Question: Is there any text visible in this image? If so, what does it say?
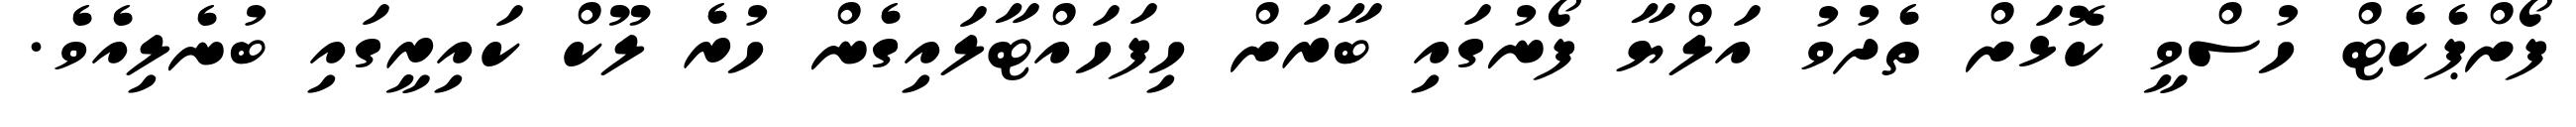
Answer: ފޯށްޕެކެޓް ހުސްވީ ކޮޅަށް ތެދުވު އަލްޔާ ފޯނުގައި ބާރަށް ހިފަހައްޓާލައިގެން ހުރެ ލޫކް ކައިރީގައި ބުނެލިއެވެ.